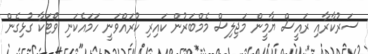
ސަރުކާރާއި ރަައީސް ޔާމީން މަޖިލިސް މެމްބަރުން ކައިރި ކުރައްވަނީ ހަމައެކަނި ވޯޓަކާ ގުޅިގެން